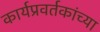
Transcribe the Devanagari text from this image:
कार्यप्रवर्तकांच्या